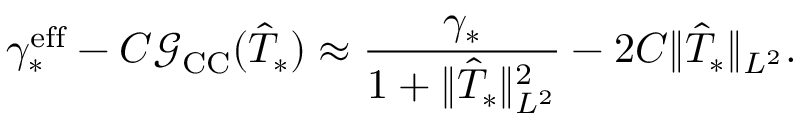
\gamma _ { * } ^ { \mathrm { e f f } } - C \mathcal G _ { \mathrm { C C } } ( \hat { T } _ { * } ) \approx \frac { \gamma _ { * } } { 1 + \Vert \hat { T } _ { * } \Vert _ { L ^ { 2 } } ^ { 2 } } - 2 C \Vert \hat { T } _ { * } \Vert _ { L ^ { 2 } } .